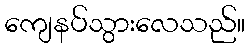
ကျေနပ်သွားလေသည်။